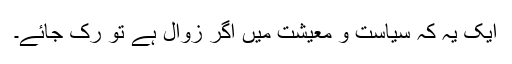
ایک یہ کہ سیاست و معیشت میں اگر زوال ہے تو رک جائے۔